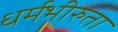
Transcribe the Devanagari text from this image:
धर्मभीरुता